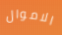
الاموال